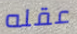
عقله